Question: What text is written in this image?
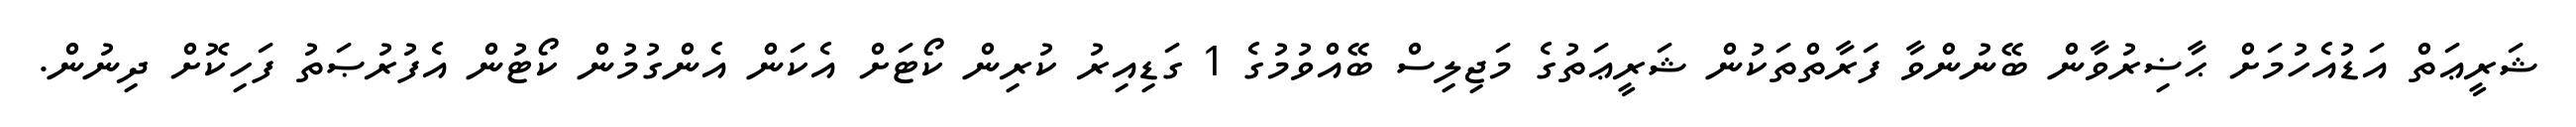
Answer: ޝަރީޢަތް އަޑުއެހުމަށް ޙާޟިރުވާން ބޭނުންވާ ފަރާތްތަކުން ޝަރީޢަތުގެ މަޖިލިސް ބޭއްވުމުގެ 1 ގަޑިއިރު ކުރިން ކޯޓަށް އެކަން އެންގުމުން ކޯޓުން އެފުރުޞަތު ފަހިކޮށް ދިނުން.